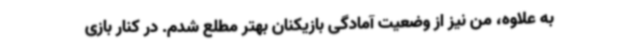
به علاوه، من نیز از وضعیت آمادگی بازیکنان بهتر مطلع شدم. در کنار بازی